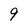
Character: 9